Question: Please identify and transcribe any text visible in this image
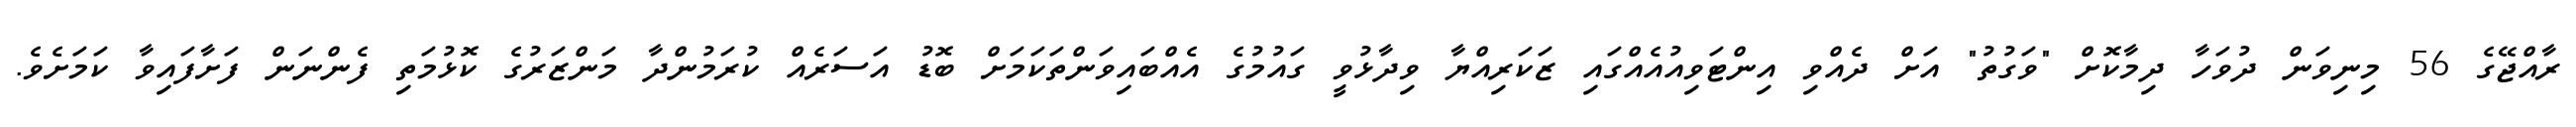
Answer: ރާއްޖޭގެ 56 މިނިވަން ދުވަހާ ދިމާކޮށް "ވަގުތު" އަށް ދެއްވި އިންޓަވިއުއެއްގައި ޒަކަރިއްޔާ ވިދާޅުވީ ގައުމުގެ އެއްބައިވަންތަކަމަށް ބޮޑު އަސަރެއް ކުރަމުންދާ މަންޒަރުގެ ކޮޅުމަތި ފެންނަން ފަށާފައިވާ ކަމަށެވެ.